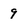
Character: 9